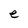
Character: e